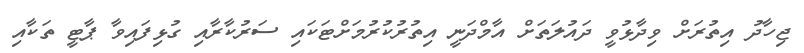
ޖިހާދު އިތުރަށް ވިދާޅުވީ ދައުލަތަށް އާމްދަނީ އިތުރުކުރުމަށްޓަކައި ސަރުކާރާއި ގުޅިފައިވާ ޕާޓީ ތަކާއި